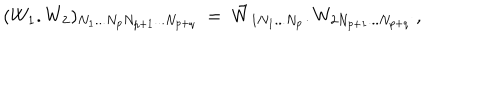
( W _ { 1 } . W _ { 2 } ) _ { N _ { 1 } . . . N _ { p } N _ { p + 1 } . . . N _ { p + q } } ~ = ~ \tilde { W } _ { 1 N _ { 1 } . . . N _ { p } } . W _ { 2 N _ { p + 1 } . . . N _ { p + q } } ~ \nonumber ,